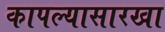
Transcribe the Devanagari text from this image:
कापल्यासारखा